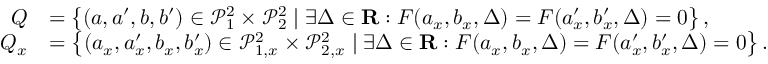
\begin{array} { r l } { Q } & { = \left\{ ( a , a ^ { \prime } , b , b ^ { \prime } ) \in \mathcal P _ { 1 } ^ { 2 } \times \mathcal P _ { 2 } ^ { 2 } \mid \exists \Delta \in \mathbf { R } : F ( a _ { x } , b _ { x } , \Delta ) = F ( a _ { x } ^ { \prime } , b _ { x } ^ { \prime } , \Delta ) = 0 \right\} , } \\ { Q _ { x } } & { = \left\{ ( a _ { x } , a _ { x } ^ { \prime } , b _ { x } , b _ { x } ^ { \prime } ) \in \mathcal { P } _ { 1 , x } ^ { 2 } \times \mathcal { P } _ { 2 , x } ^ { 2 } \mid \exists \Delta \in \mathbf { R } : F ( a _ { x } , b _ { x } , \Delta ) = F ( a _ { x } ^ { \prime } , b _ { x } ^ { \prime } , \Delta ) = 0 \right\} . } \end{array}